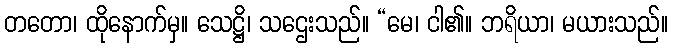
တတော၊ ထိုနောက်မှ။ သေဋ္ဌိ၊ သဌေးသည်။ “မေ၊ ငါ၏။ ဘရိယာ၊ မယားသည်။